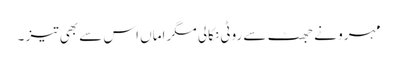
مہرو نے جھٹ سے روٹی نکالی مگر اماں اس سے بھی تیز ۔